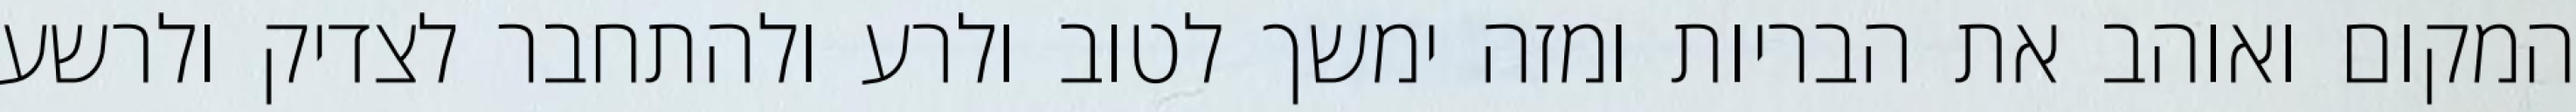
המקום ואוהב את הבריות ומזה ימשך לטוב ולרע ולהתחבר לצדיק ולרשע